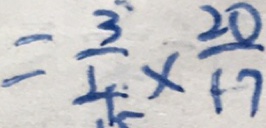
= \frac { 3 } { 4 } \times \frac { 2 0 } { 1 7 }